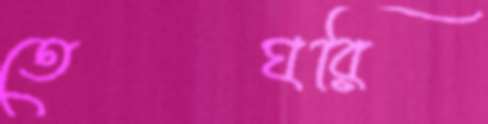
তেঘরি